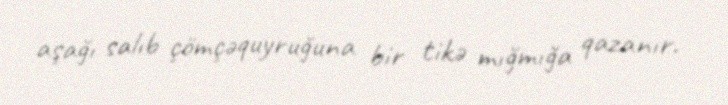
aşağı salıb çömçəquyruğuna bir tikə mığmığa qazanır.